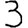
Digit: 3